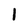
Character: 1